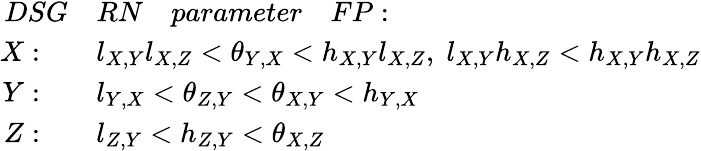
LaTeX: \begin{array}{rl}{DSG}&{RN\quad parameter\quad FP:\quad}\\ {X:\quad}&{l_{X,Y}l_{X,Z}<\theta_{Y,X}<h_{X,Y}l_{X,Z},\; l_{X,Y}h_{X,Z}<h_{X,Y}h_{X,Z}}\\ {Y:\quad}&{l_{Y,X}<\theta_{Z,Y}<\theta_{X,Y}<h_{Y,X}}\\ {Z:\quad}&{l_{Z,Y}<h_{Z,Y}<\theta_{X,Z}}\end{array}